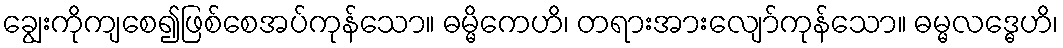
ချွေးကိုကျစေ၍ဖြစ်စေအပ်ကုန်သော။ ဓမ္မိကေဟိ၊ တရားအားလျော်ကုန်သော။ ဓမ္မလဒ္ဓေဟိ၊